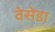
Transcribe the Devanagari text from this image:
वेसेडा